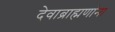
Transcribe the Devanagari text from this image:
देवाब्राह्मणांना